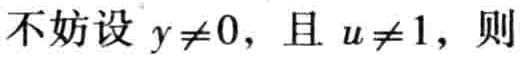
不妨设 \(y\neq0\)，且 \(u\neq1\)，则